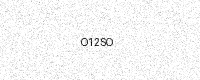
Text: O12SO